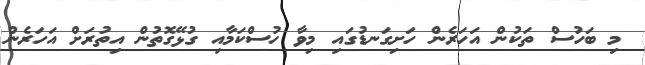
މި ބަހުސް ތަކުން އަހަރެން ހަށިގަނޑުގައި މިވާ ހުސްކަމާއި ގުޅޭގޮތުން އިތުރަށް އަހަރެން